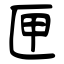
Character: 匣